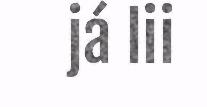
já lii